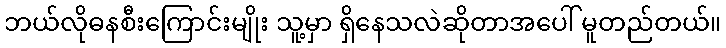
ဘယ်လိုဓနစီးကြောင်းမျိုး သူ့မှာ ရှိနေသလဲဆိုတာအပေါ် မူတည်တယ်။